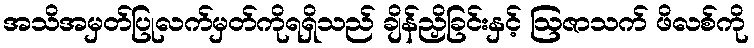
အသိအမှတ်ပြုလက်မှတ်ကိုရရှိသည် ချိန်ညှိခြင်းနှင့် ဩဇာသက် ဖိလစ်ကို